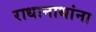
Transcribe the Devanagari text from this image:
राधानाथांना